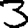
Digit: 3